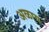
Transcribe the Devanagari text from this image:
अळाय